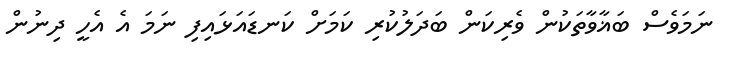
ނަމަވެސް ބަޣާވާތަކުން ވެރިކަން ބަދަލުކުރި ކަމަށް ކަނޑައަޅައިފި ނަމަ އެ އެހީ ދިނުން